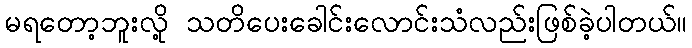
မရတော့ဘူးလို့ သတိပေးခေါင်းလောင်းသံလည်းဖြစ်ခဲ့ပါတယ်။